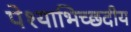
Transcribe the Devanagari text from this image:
पेश्याभिच्छदीय